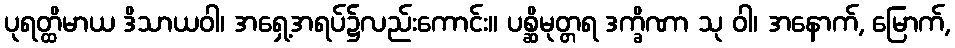
ပုရတ္ထိမာယ ဒိသာယဝါ၊ အရှေ့အရပ်၌လည်းကောင်း။ ပစ္ဆိမုတ္တရ ဒက္ခိဏာ သု ဝါ၊ အနောက်, မြောက်,